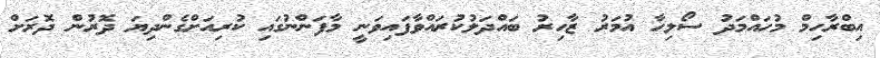
އިބްރާހިމް މުހައްމަދު ސޯލިހާ އުމަރު ޒާހިރު ބައްދަލުކުރައްވާފައިވަނީ މާފަންނުގައި ކުރިއަށްގެންދިޔަ ދޮރުން ދޮރަށް